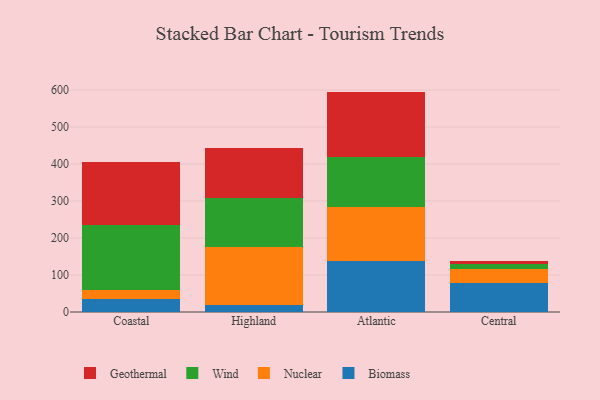
{"axis": {"x": "Region", "y": "Population (Million)"}, "legend": ["Biomass", "Geothermal", "Nuclear", "Wind"], "data": [{"x": "Coastal", "y": 34.9, "type": "Biomass"}, {"x": "Coastal", "y": 25.6, "type": "Nuclear"}, {"x": "Coastal", "y": 175.3, "type": "Wind"}, {"x": "Coastal", "y": 168.9, "type": "Geothermal"}, {"x": "Highland", "y": 17.8, "type": "Biomass"}, {"x": "Highland", "y": 157.3, "type": "Nuclear"}, {"x": "Highland", "y": 133.2, "type": "Wind"}, {"x": "Highland", "y": 135.0, "type": "Geothermal"}, {"x": "Atlantic", "y": 136.6, "type": "Biomass"}, {"x": "Atlantic", "y": 147.9, "type": "Nuclear"}, {"x": "Atlantic", "y": 133.1, "type": "Wind"}, {"x": "Atlantic", "y": 178.1, "type": "Geothermal"}, {"x": "Central", "y": 79.6, "type": "Biomass"}, {"x": "Central", "y": 37.0, "type": "Nuclear"}, {"x": "Central", "y": 11.9, "type": "Wind"}, {"x": "Central", "y": 8.5, "type": "Geothermal"}]}